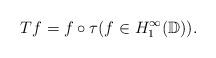
LaTeX: \begin{align*}Tf = f\circ \tau (f \in {H}^{\infty}_{1}(\mathbb{D})).\end{align*}